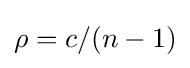
\rho =c/(n-1)